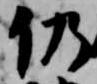
仍